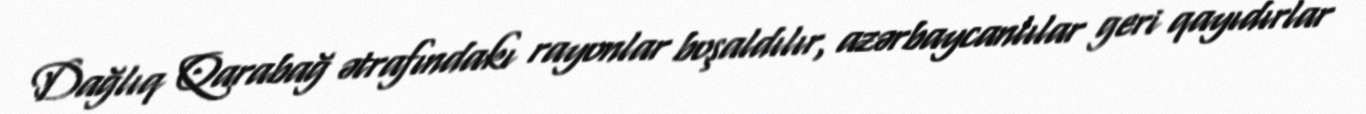
Dağlıq Qarabağ ətrafındakı rayonlar boşaldılır, azərbaycanlılar geri qayıdırlar